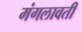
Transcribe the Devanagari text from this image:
मंगलावती